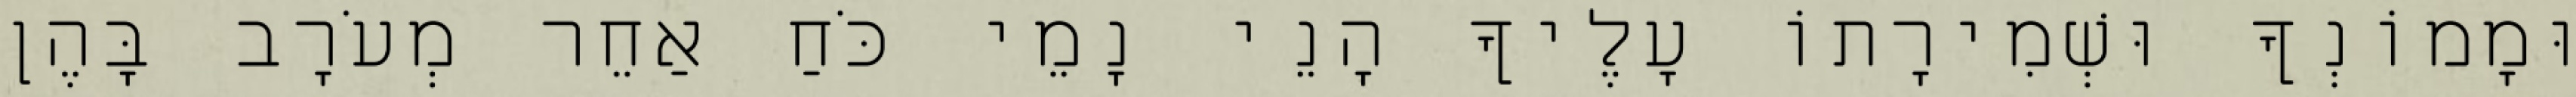
וּמָמוֹנְךָ וּשְׁמִירָתוֹ עָלֶיךָ הָנֵי נָמֵי כֹּחַ אַחֵר מְעֹרָב בָּהֶן